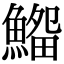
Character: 𩺜